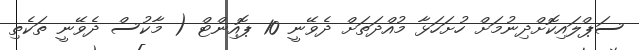
ސަޕްލައިކޮށްދިނުމަށް ހުށަހަޅާ މުއްދަތަށް ދެވޭނީ 10 ޕޮއިންޓް ( މާކުސް ދެވޭނީ ތަކެތި